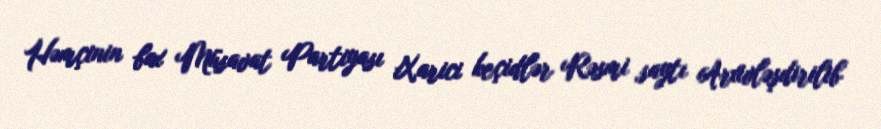
Həmçinin bax Müsavat Partiyası Xarici keçidlər Rəsmi saytı Arxivləşdirilib